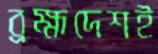
ব্রহ্মদেশই